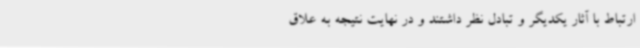
ارتباط با آثار یکدیگر و تبادل نظر داشتند و در نهایت نتیجه به علاق